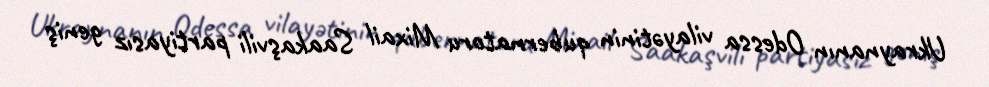
Ukraynanın Odessa vilayətinin qubernatoru Mixail Saakaşvili partiyasız geniş